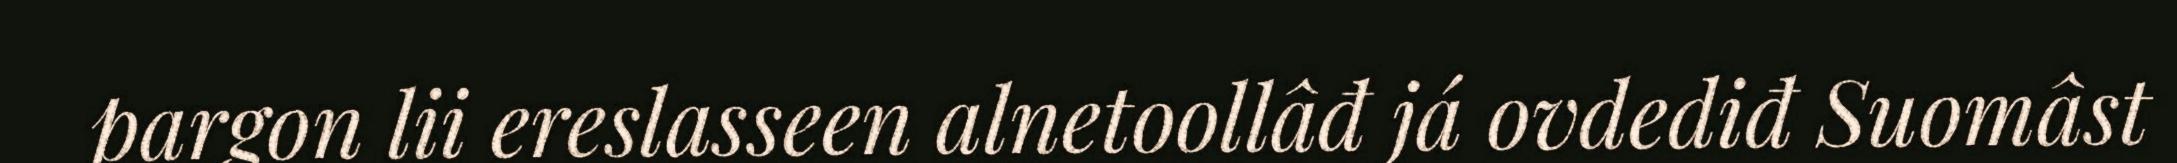
pargon lii ereslasseen alnetoollâđ já ovdediđ Suomâst